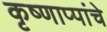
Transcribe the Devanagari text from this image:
कृष्णाप्पांचे